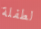
لطفلة